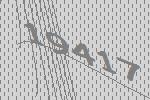
19417